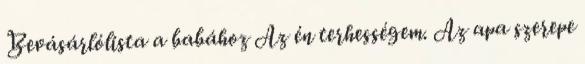
Bevásárlólista a babához Az én terhességem. Az apa szerepe